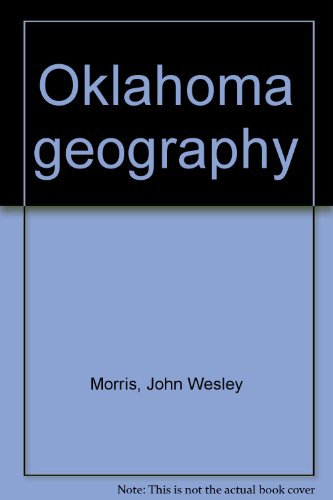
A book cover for Oklahoma geography; John Wesley Morris; Travel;